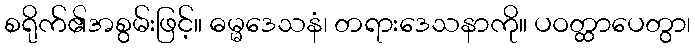
စရိုက်၏အစွမ်းဖြင့်။ ဓမ္မဒေသနံ၊ တရားဒေသနာကို။ ပဝတ္ထာပေတွာ၊